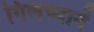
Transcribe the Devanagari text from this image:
गिलच्यानें